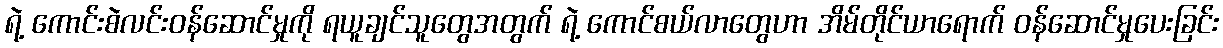
ရဲ့ ကောင်းစဲလင်းဝန်ဆောင်မှုကို ရယူချင်သူတွေအတွက် ရဲ့ ကောင်စယ်လာတွေဟာ အိမ်တိုင်ယာရောက် ဝန်ဆောင်မှုပေးခြင်း